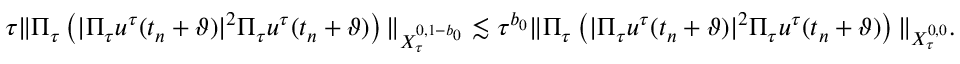
\tau \Vert \Pi _ { \tau } \left( | \Pi _ { \tau } u ^ { \tau } ( t _ { n } + \vartheta ) | ^ { 2 } \Pi _ { \tau } u ^ { \tau } ( t _ { n } + \vartheta ) \right) \Vert _ { X _ { \tau } ^ { 0 , 1 - b _ { 0 } } } \lesssim \tau ^ { b _ { 0 } } \Vert \Pi _ { \tau } \left( | \Pi _ { \tau } u ^ { \tau } ( t _ { n } + \vartheta ) | ^ { 2 } \Pi _ { \tau } u ^ { \tau } ( t _ { n } + \vartheta ) \right) \Vert _ { X _ { \tau } ^ { 0 , 0 } } .